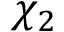
\chi _ { 2 }